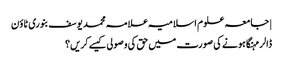
| جامعہ علوم اسلامیہ علامہ محمد یوسف بنوری ٹاؤن
ڈالر مہنگا ہونے کی صورت میں حق کی وصولی کیسے کریں؟